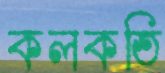
কলকতি